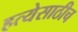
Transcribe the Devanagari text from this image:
हत्येसाठीच